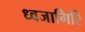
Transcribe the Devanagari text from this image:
ध्वजागिरि